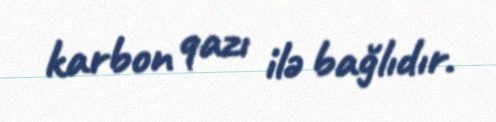
karbon qazı ilə bağlıdır.